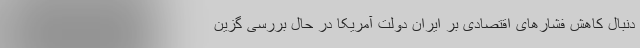
دنبال کاهش فشارهای اقتصادی بر ایران دولت آمریکا در حال بررسی گزین